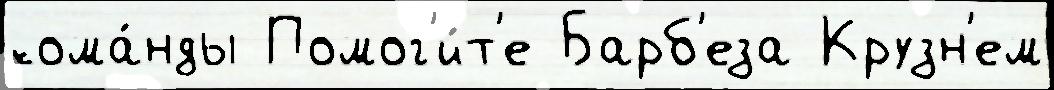
кома́нды Помог'и́т'е Барб'еза Крузн'ем